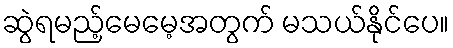
ဆွဲရမည့်မေမေ့အတွက် မသယ်နိုင်ပေ။